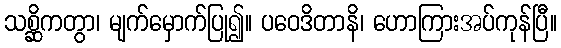
သစ္ဆိကတွာ၊ မျက်မှောက်ပြု၍။ ပဝေဒိတာနိ၊ ဟောကြားအပ်ကုန်ပြီ။